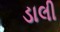
ડાલી